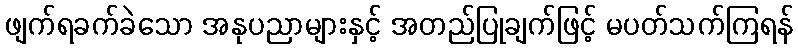
ဖျက်ရခက်ခဲသော အနုပညာများနှင့် အတည်ပြုချက်ဖြင့် မပတ်သက်ကြရန်